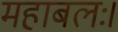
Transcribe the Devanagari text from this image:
महाबलः।